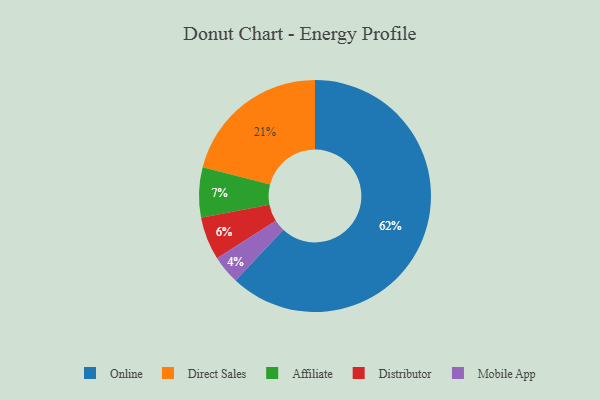
{"axis": {"x": "Category", "y": "Percentage"}, "legend": ["Affiliate", "Direct Sales", "Distributor", "Mobile App", "Online"], "data": [{"x": "Online", "y": 62, "type": "Online"}, {"x": "Direct Sales", "y": 21, "type": "Direct Sales"}, {"x": "Mobile App", "y": 4, "type": "Mobile App"}, {"x": "Affiliate", "y": 7, "type": "Affiliate"}, {"x": "Distributor", "y": 6, "type": "Distributor"}]}